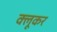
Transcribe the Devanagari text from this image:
क्लूकर